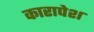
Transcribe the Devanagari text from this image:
कारापेश